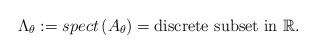
LaTeX: \begin{align*}\Lambda_{\theta}:=spect\left(A_{\theta}\right)=\mbox{discrete subset in }\mathbb{R}.\end{align*}